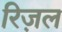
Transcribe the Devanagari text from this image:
रिज़ल